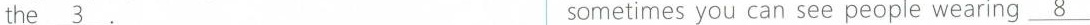
the \underline{3}. sometimesyou can see people wearing \underline{8}